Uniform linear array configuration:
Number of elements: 16
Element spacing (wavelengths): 0.5
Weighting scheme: exponential
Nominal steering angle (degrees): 60
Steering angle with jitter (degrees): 60.609
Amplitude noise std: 0.05
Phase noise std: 0.05

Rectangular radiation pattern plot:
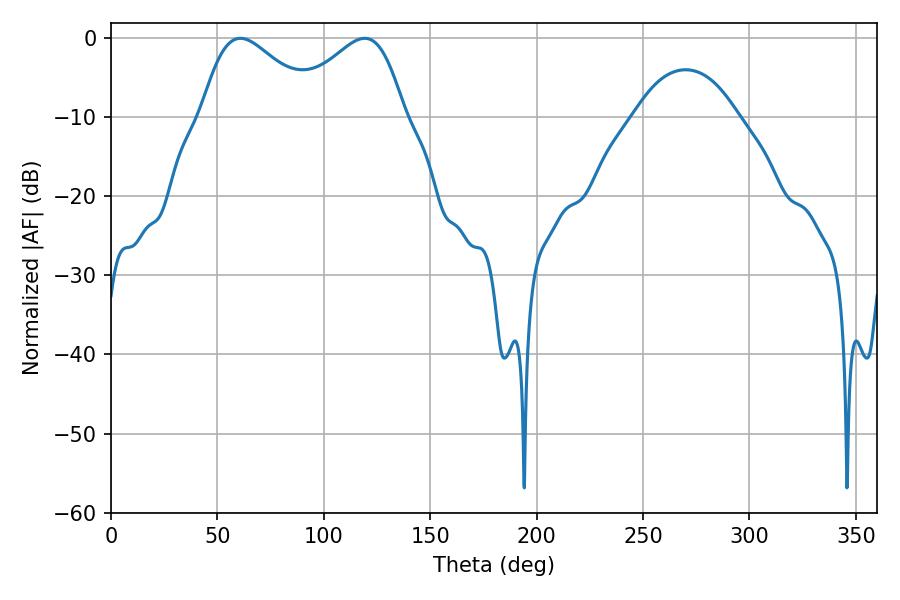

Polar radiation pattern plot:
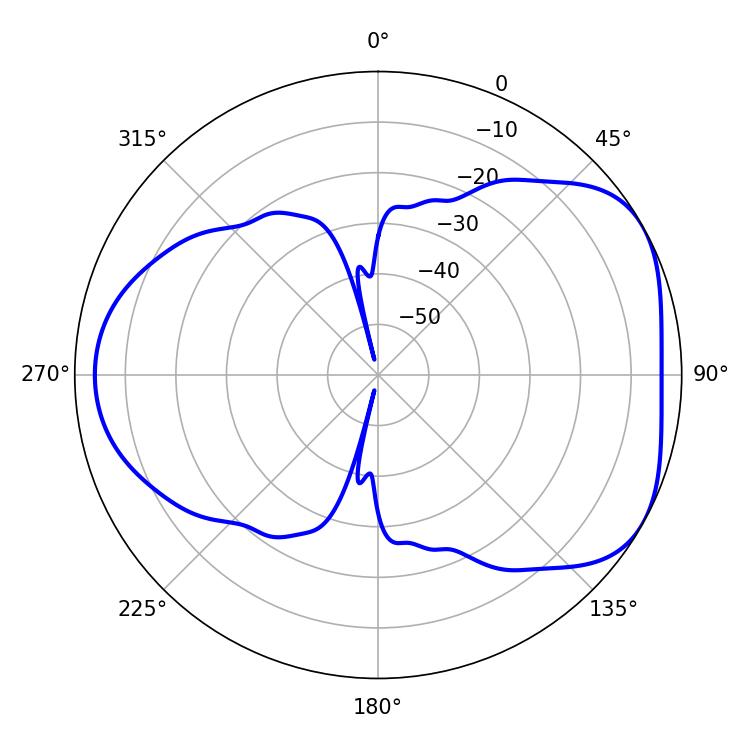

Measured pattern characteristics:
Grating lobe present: FALSE
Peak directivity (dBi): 4.669
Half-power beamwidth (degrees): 29.16
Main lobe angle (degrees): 60.84